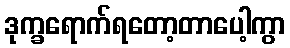
ဒုက္ခရောက်ရတော့တာပေါ့ကွာ